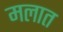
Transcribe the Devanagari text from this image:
मलात